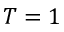
T = 1